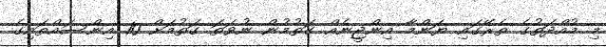
މި މުއްދަތުގެ ތެރޭގައި ޔަންމާ އިންޖީނެއް ގަތުމުން ނުވަތަ ގަތުމަށް 10 އިންސައްތައިގެ